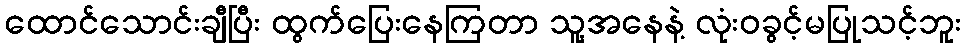
ထောင်သောင်းချီပြီး ထွက်ပြေးနေကြတာ သူ့အနေနဲ့ လုံးဝခွင့်မပြုသင့်ဘူး